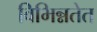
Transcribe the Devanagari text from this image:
विभिन्नतेत